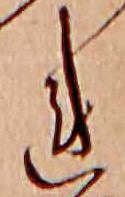
れ